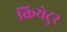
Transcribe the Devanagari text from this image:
क्रियेटुर